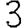
Digit: 3